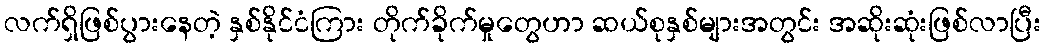
လက်ရှိဖြစ်ပွားနေတဲ့ နှစ်နိုင်ငံကြား တိုက်ခိုက်မှုတွေဟာ ဆယ်စုနှစ်များအတွင်း အဆိုးဆုံးဖြစ်လာပြီး